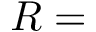
R =